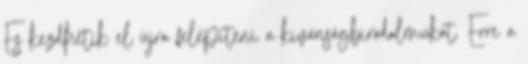
És kezdhetik el újra felépíteni a kivánságbirodalmukat. Erre a